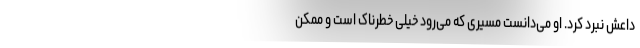
داعش نبرد کرد. او می‌دانست مسیری که می‌رود خیلی خطرناک است و ممکن